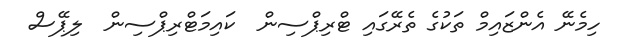
ހިމެނޭ އެންޒައިމް ތަކުގެ ތެރޭގައި ޓްރިޕްސިން  ކައިމަޓްރިޕްސިން  ލިޕޭސް